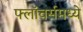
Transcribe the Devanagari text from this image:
फ्लॉवर्समध्ये